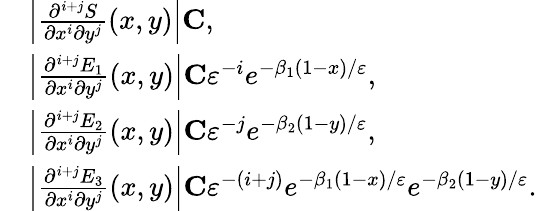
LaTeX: \begin{array}{rl}&{\left|\frac{\partial^{i+j}S}{\partial x^{i}\partial y^{j}}(x,y)\right|\le C,}\\ &{\left|\frac{\partial^{i+j}E_{1}}{\partial x^{i}\partial y^{j}}(x,y)\right|\le C\varepsilon^{-i}e^{-\beta_{1}(1-x)/\varepsilon},}\\ &{\left|\frac{\partial^{i+j}E_{2}}{\partial x^{i}\partial y^{j}}(x,y)\right|\le C\varepsilon^{-j}e^{-\beta_{2}(1-y)/\varepsilon},}\\ &{\left|\frac{\partial^{i+j}E_{3}}{\partial x^{i}\partial y^{j}}(x,y)\right|\le C\varepsilon^{-(i+j)}e^{-\beta_{1}(1-x)/\varepsilon}e^{-\beta_{2}(1-y)/\varepsilon}.}\end{array}